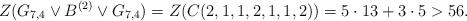
LaTeX: \begin{align*} Z(G_{7,4}\vee B^{(2)}\vee G_{7,4})=Z(C(2,1,1,2,1,1,2))=5\cdot 13+3\cdot 5>56. \end{align*}